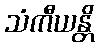
သံကီယန္တိ